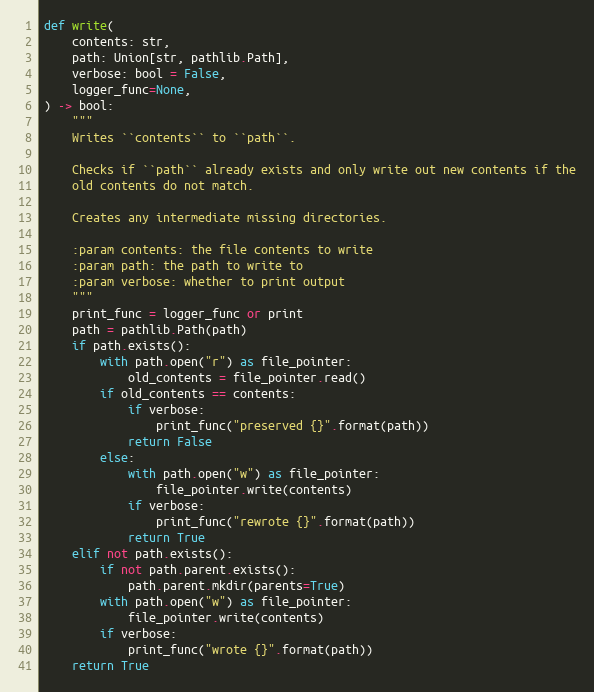
Language: Python
def write(
    contents: str,
    path: Union[str, pathlib.Path],
    verbose: bool = False,
    logger_func=None,
) -> bool:
    """
    Writes ``contents`` to ``path``.

    Checks if ``path`` already exists and only write out new contents if the
    old contents do not match.

    Creates any intermediate missing directories.

    :param contents: the file contents to write
    :param path: the path to write to
    :param verbose: whether to print output
    """
    print_func = logger_func or print
    path = pathlib.Path(path)
    if path.exists():
        with path.open("r") as file_pointer:
            old_contents = file_pointer.read()
        if old_contents == contents:
            if verbose:
                print_func("preserved {}".format(path))
            return False
        else:
            with path.open("w") as file_pointer:
                file_pointer.write(contents)
            if verbose:
                print_func("rewrote {}".format(path))
            return True
    elif not path.exists():
        if not path.parent.exists():
            path.parent.mkdir(parents=True)
        with path.open("w") as file_pointer:
            file_pointer.write(contents)
        if verbose:
            print_func("wrote {}".format(path))
    return True